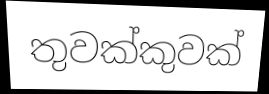
තුවක්කුවක්